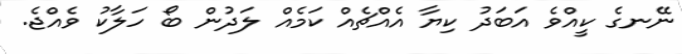
ނޭނގެ ކީއްވެ އަބަދު ކިޔާ އެއްޗެއް ކަމެއް ލަދުން ބޯ ހަލާކު ވެއްޖެ.